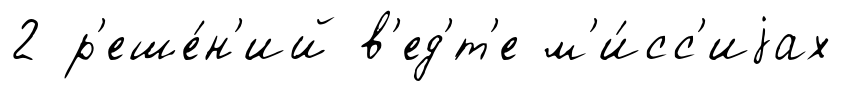
2 р'еше́н'ий в'ед'́т'е м'и́сс'иjах